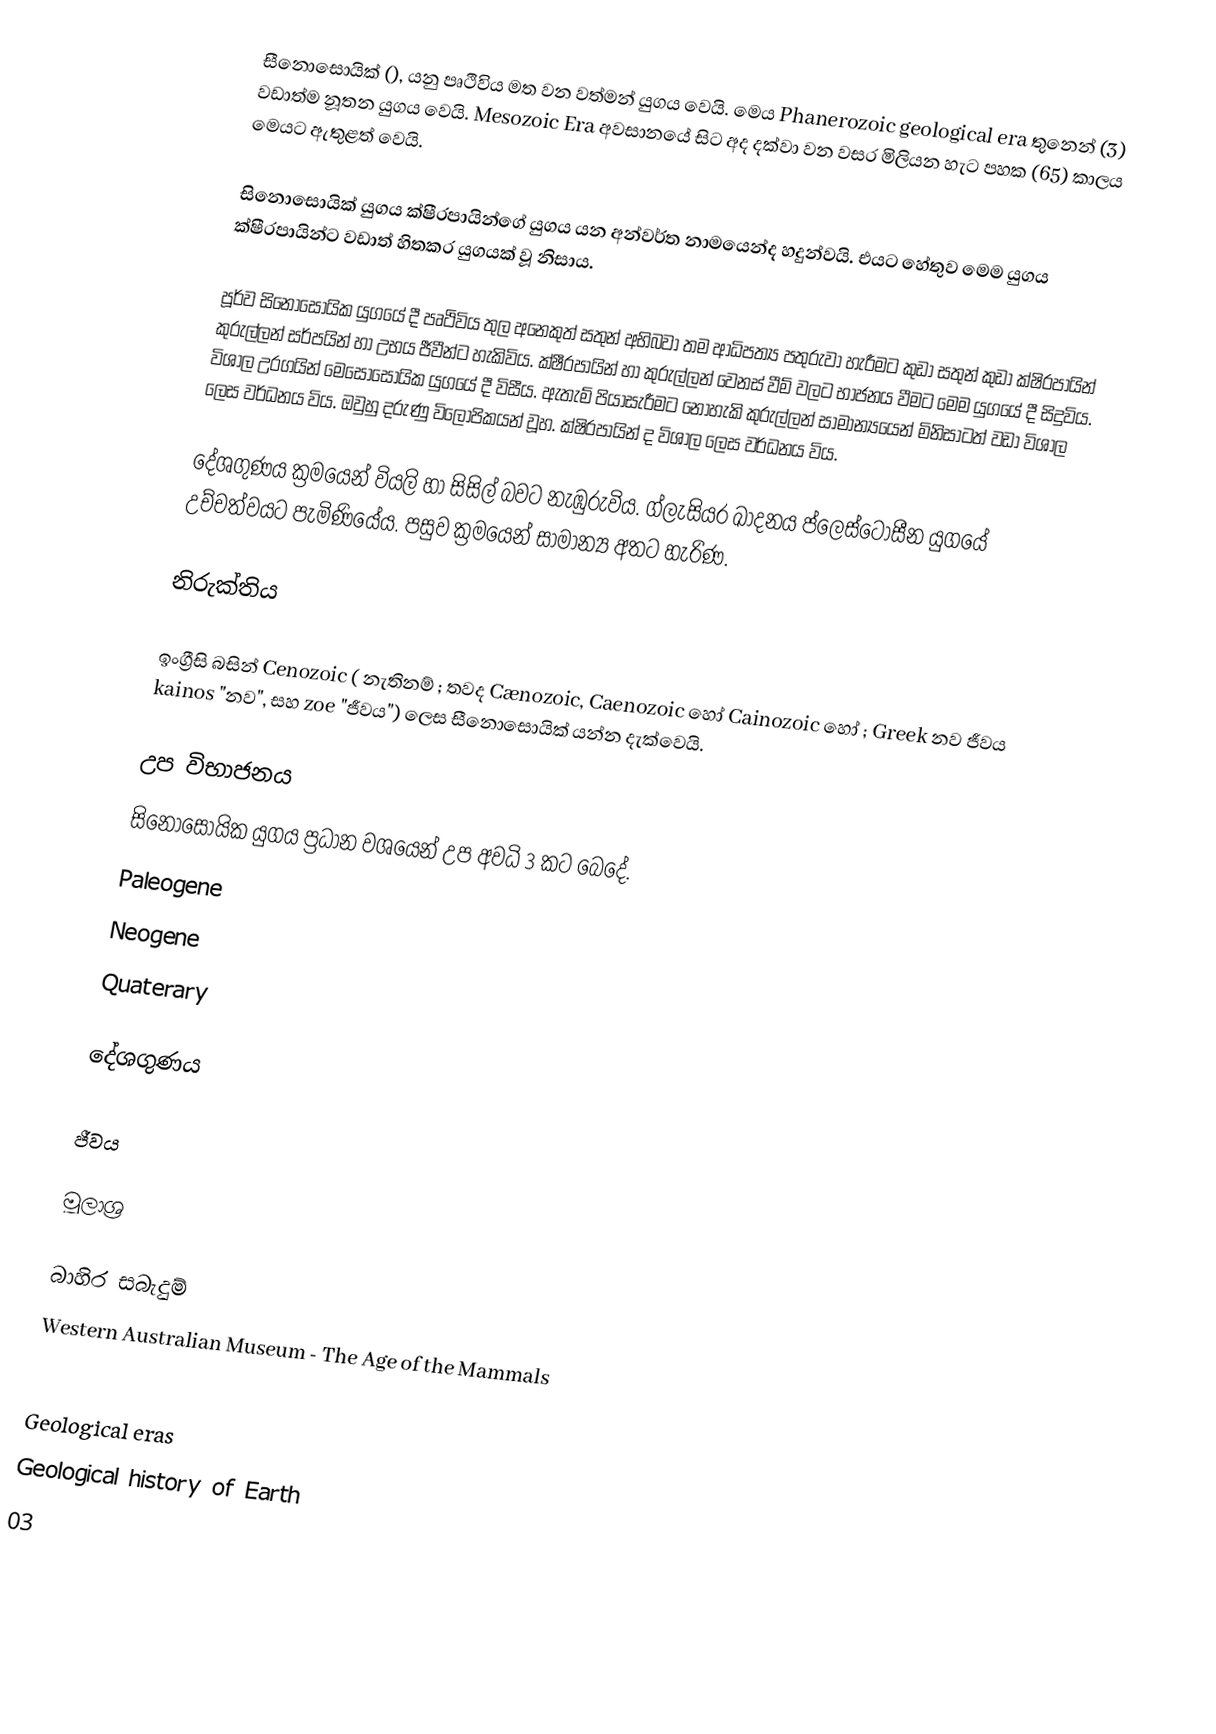
සීනොසොයික් (), යනු පෘථිවිය මත වන වත්මන් යුගය වෙයි. මෙය Phanerozoic geological era තුනෙන් (3) වඩාත්ම නූතන යුගය වෙයි. Mesozoic Era අවසානයේ සිට අද දක්වා වන වසර මිලියන හැට පහක (65) කාලය මෙයට ඇතුළත් වෙයි.

සිනොසොයික් යුගය ක්ෂීරපායින්ගේ යුගය යන අන්වර්ත නාමයෙන්ද හදුන්වයි. එයට හේතුව මෙම යුගය ක්ෂීරපායින්ට වඩාත් හිතකර යුගයක් වූ නිසාය.

පූර්ව සිනෝසොයික යුගයේ දී පෘථිවිය තුල අනෙකුත් සතුන් අභිබවා තම ආධිපත්‍ය පතුරුවා හැරීමට කුඩා සතුන් කුඩා ක්ෂිරපායින් කුරුල්ලන් සර්පයින් හා උභය ජීවීන්ට හැකිවිය. ක්ෂීරපායින් හා කුරුල්ලන් වෙනස් වීම් වලට භාජනය වීමට මෙම යුගයේ දී සිදුවිය. විශාල උරගයින් මෙසොසොයික යුගයේ දී විසීය. ඇතැම් පියාසැරීමට නොහැකි කුරුල්ලන් සාමාන්‍යයෙන් මිනිසාටත් වඩා විශාල ලෙස වර්ධනය විය. ඔවුහු දරුණු විලොපිකයන් වූහ. ක්ෂිරපායින් ද විශාල ලෙස වර්ධනය විය.

දේශගුණය ක්‍රමයෙන් වියලි හා සිසිල් බවට නැඹුරුවිය. ග්ලැසියර ඛාදනය ප්ලෙස්ටෝසීන යුගයේ උච්චත්වයට පැමිණියේය. පසුව ක්‍රමයෙන් සාමාන්‍ය අතට හැරිණ.

නිරුක්තිය

ඉංග්‍රීසි බසින් Cenozoic ( නැතිනම් ; තවද Cænozoic, Caenozoic හෝ Cainozoic  හෝ ; Greek නව ජීවය  kainos "නව", සහ  zoe "ජීවය") ලෙස සීනොසොයික් යන්න දැක්වෙයි.

උප විභාජනය
සිනොසොයික යුගය ප්‍රධාන වශයෙන් උප අවධි 3 කට බෙදේ.
 Paleogene
 Neogene
 Quaterary

දේශගුණය

ජීවය

මූලාශ්‍ර

බාහිර සබැදුම්
 Western Australian Museum - The Age of the Mammals

Geological eras
Geological history of Earth
03